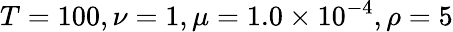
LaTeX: T=100,\nu=1,\mu=1.0\times 10^{-4},\rho=5